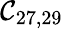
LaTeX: \mathcal{C}_{27,29}